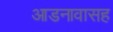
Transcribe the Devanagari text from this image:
आडनावासह